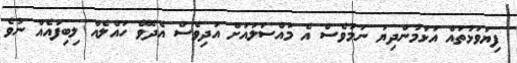
ފިޔަވަޅުތައް އަޅަމުންދިޔަ ނަމަވެސް އެ މައްސަލައަށް އަދިވެސް އެދެވޭ ހައްލެއް ލިބިފައެއް ނުވެ